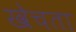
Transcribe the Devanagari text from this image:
खेचता